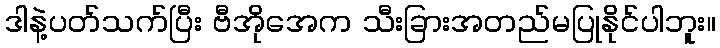
ဒါနဲ့ပတ်သက်ပြီး ဗီအိုအေက သီးခြားအတည်မပြုနိုင်ပါဘူး။